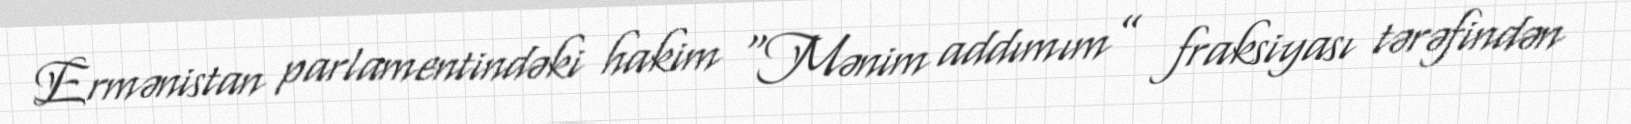
Ermənistan parlamentindəki hakim “Mənim addımım” fraksiyası tərəfindən